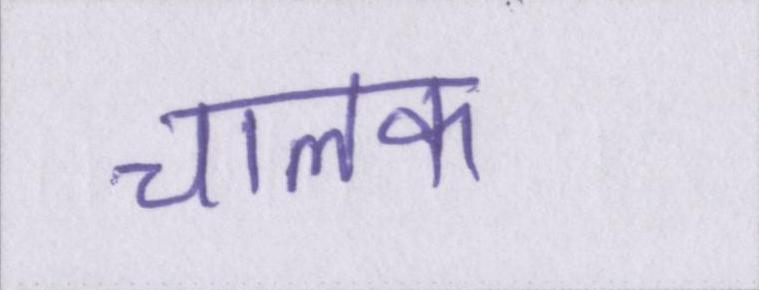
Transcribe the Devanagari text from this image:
चालक